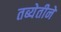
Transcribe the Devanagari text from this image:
तब्येतीने